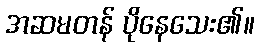
အဆမတန် ပိုနေသေး၏။